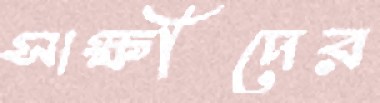
সাক্ষীদের